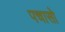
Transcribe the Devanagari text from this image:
पचासो